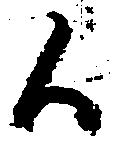
候